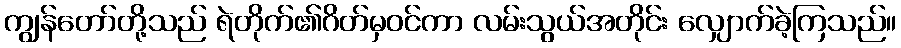
ကျွန်တော်တို့သည် ရဲတိုက်၏ဂိတ်မှဝင်ကာ လမ်းသွယ်အတိုင်း လျှောက်ခဲ့ကြသည်။